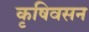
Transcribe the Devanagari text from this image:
कृषिवसन